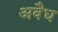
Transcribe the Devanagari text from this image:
अवैध